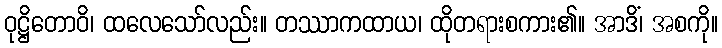
ဝုဋ္ဌိတောဝိ၊ ထလေသော်လည်း။ တဿာကထာယ၊ ထိုတရားစကား၏။ အာဒိံ၊ အစကို။